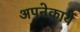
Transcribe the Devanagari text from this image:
अपनेकार्य